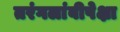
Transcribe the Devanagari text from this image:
तरंगलांबीपेक्षा